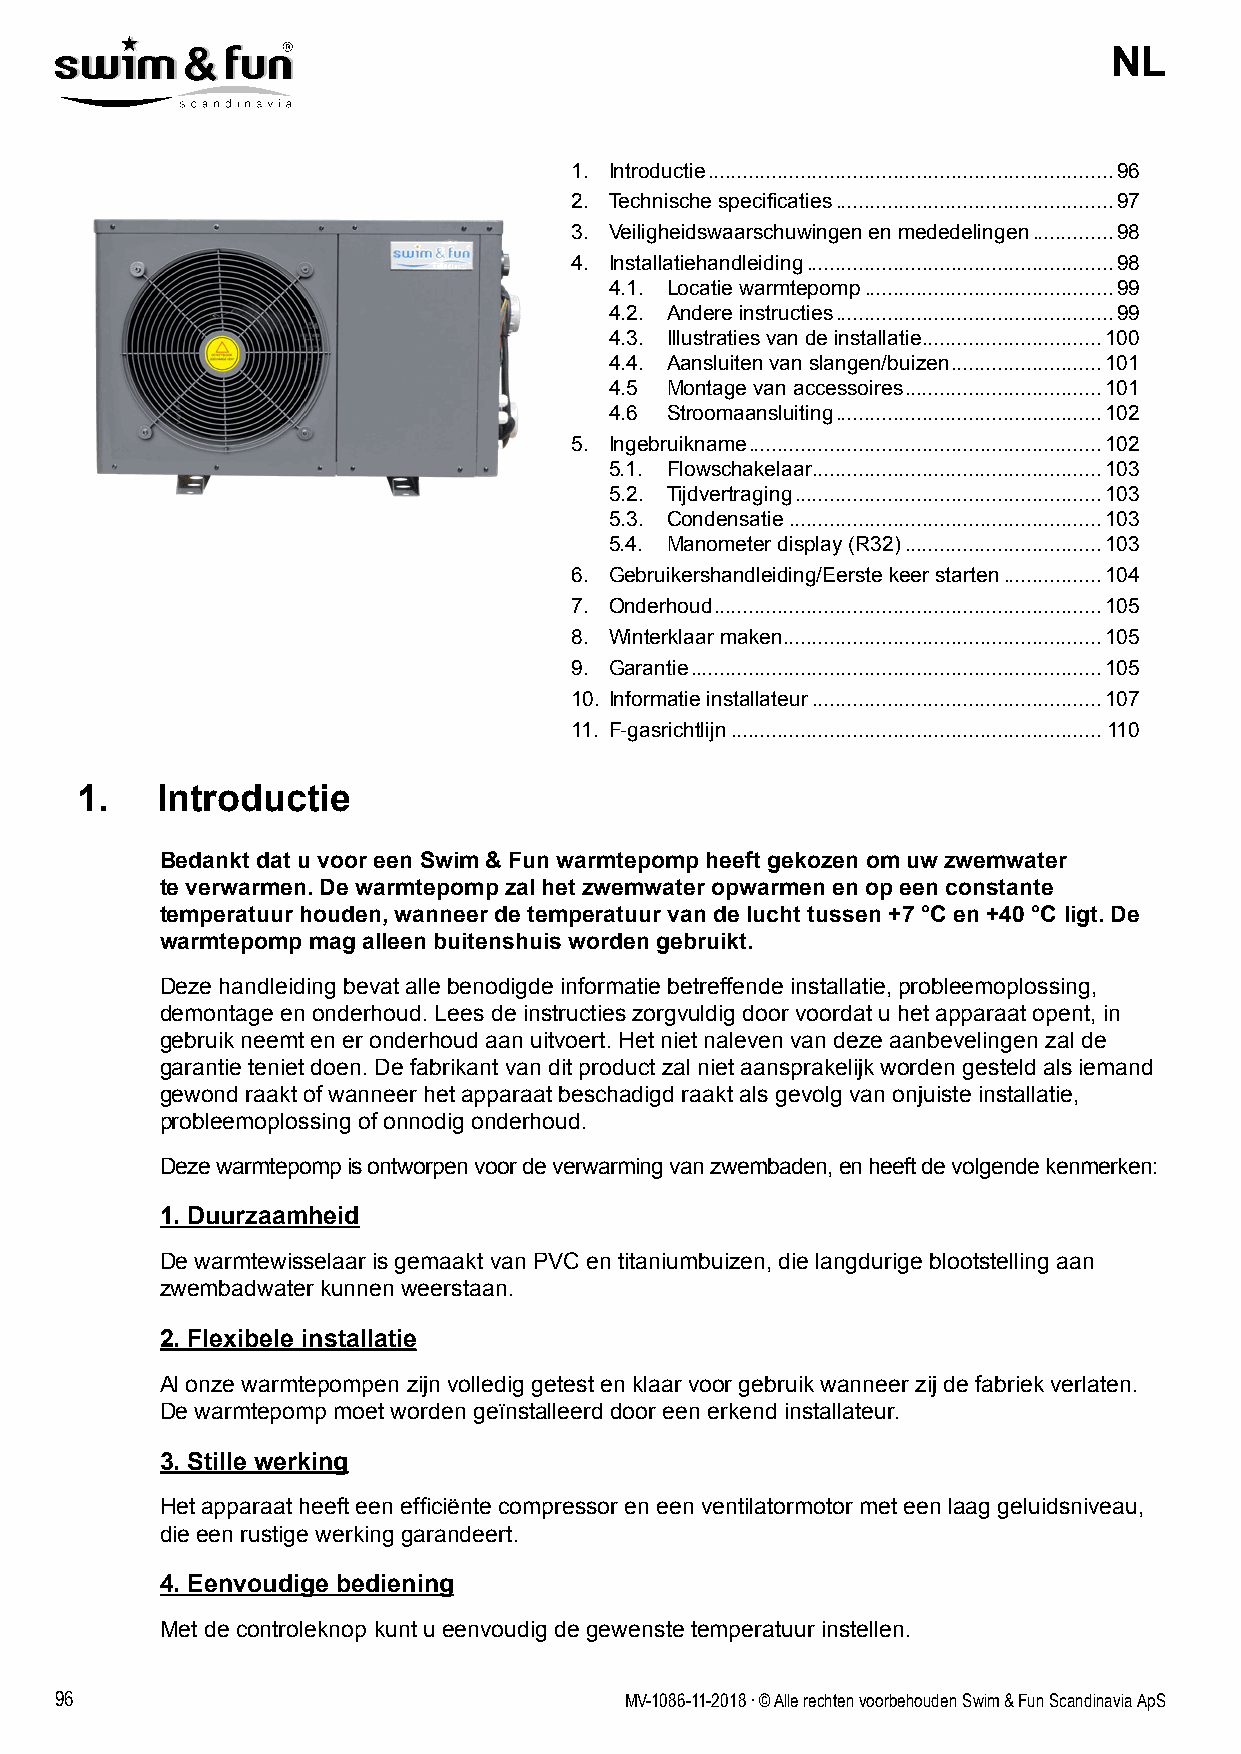
NL
 1. Introductie ......................................................................96
 2. Technische specificaties ................................................97
 3. Veiligheidswaarschuwingen en mededelingen ..............98
 4. Installatiehandleiding .....................................................98
 4.1. Locatie warmtepomp ...........................................99
 4.2. Andere instructies ................................................99
 4.3. Illustraties van de installatie ...............................100
 4.4. Aansluiten van slangen/buizen ..........................101
 4.5 Montage van accessoires ..................................101
 4.6 Stroomaansluiting ..............................................102
 5. Ingebruikname .............................................................102
 5.1. Flowschakelaar ..................................................103
 5.2. Tijdvertraging .....................................................103
 5.3. Condensatie ......................................................103
 5.4. Manometer display (R32) ..................................103
 6. Gebruikershandleiding/Eerste keer starten .................104
 7. Onderhoud ...................................................................105
 8. Winterklaar maken .......................................................105
 9. Garantie .......................................................................105
 10. Informatie installateur ..................................................107
 11. F-gasrichtlijn ................................................................110
 1.   Introductie
 Bedankt dat u voor een Swim & Fun warmtepomp heeft gekozen om uw zwemwater
 te verwarmen. De warmtepomp zal het zwemwater opwarmen en op een constante
 temperatuur houden, wanneer de temperatuur van de lucht tussen +7 °C en +40 °C ligt. De
 warmtepomp mag alleen buitenshuis worden gebruikt.
 Deze handleiding bevat alle benodigde informatie betreffende installatie, probleemoplossing,
 demontage en onderhoud. Lees de instructies zorgvuldig door voordat u het apparaat opent, in
 gebruik neemt en er onderhoud aan uitvoert. Het niet naleven van deze aanbevelingen zal de
 garantie teniet doen. De fabrikant van dit product zal niet aansprakelijk worden gesteld als iemand
 gewond raakt of wanneer het apparaat beschadigd raakt als gevolg van onjuiste installatie,
 probleemoplossing of onnodig onderhoud.
 Deze warmtepomp is ontworpen voor de verwarming van zwembaden, en heeft de volgende kenmerken:
 1. Duurzaamheid
 De warmtewisselaar is gemaakt van PVC en titaniumbuizen, die langdurige blootstelling aan
 zwembadwater kunnen weerstaan.
 2. Flexibele installatie
 Al onze warmtepompen zijn volledig getest en klaar voor gebruik wanneer zij de fabriek verlaten.
 De warmtepomp moet worden geïnstalleerd door een erkend installateur.
 3. Stille werking
 Het apparaat heeft een efficiënte compressor en een ventilatormotor met een laag geluidsniveau,
 die een rustige werking garandeert.
 4. Eenvoudige bediening
 Met de controleknop kunt u eenvoudig de gewenste temperatuur instellen.
 96                                   MV-1086-11-2018 . © Alle rechten voorbehouden Swim & Fun Scandinavia ApS